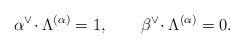
LaTeX: \begin{align*}\alpha^{\vee}\!\cdot \Lambda^{(\alpha)} = 1, \qquad \beta^{\vee}\!\cdot \Lambda^{(\alpha)} = 0.\end{align*}